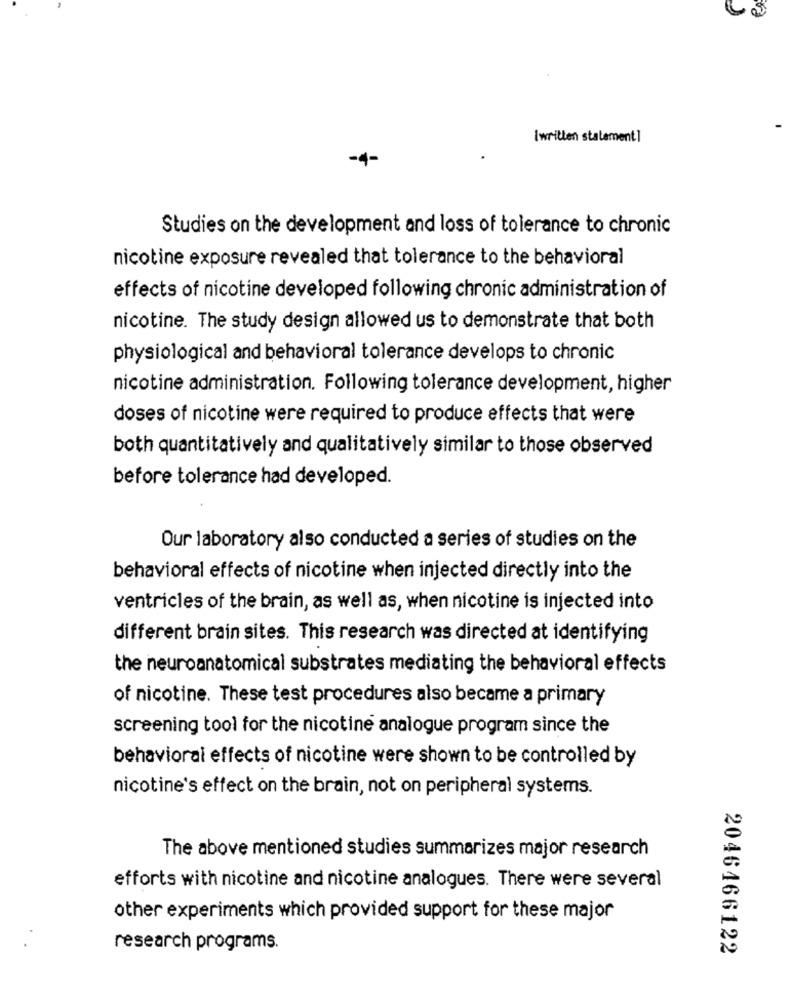
Iwritten statement1
-4-
Studies on the development and loss of tolerance to chronic
nicotine exposure revealed that tolerance to the behavioral
effects of nicotine developed following chronic administration of
nicotine. The study design allowed us to demonstrate that both
physiological and behavioral tolerance develops to chronic
nicotine administration. Following tolerance development, higher
doses of nicotine were required to produce effects that were
both quantitatively and qualitatively similar to those observed
before tolerance had developed.
Our laboratory also conducted a series of studies on the
behavioral effects of nicotine when injected directly into the
ventricles of the brain, as well as, when nicotine is injected into
different brain sites. This research was directed at identifying
the neuroanatomical substrates mediating the behavioral effects
of nicotine. These test procedures also became a primary
screening tool for the nicotine analogue program since the
behavioral effects of nicotine were shown to be controlled by
nicotine's effect on the brain, not on peripheral systems.
The above mentioned studies summarizes major research
efforts with nicotine and nicotine analogues. There were several
other experiments which provided support for these major
research programs.
2046466122